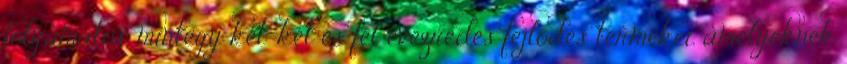
folyamatos, mintegy két-két és fél évezredes fejlődés termékei, amelyeknek